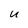
Character: U